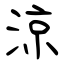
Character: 涼